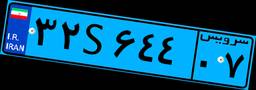
۱۲S۴۵۹۳۲